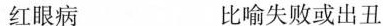
红眼病 比喻失败或出丑